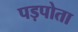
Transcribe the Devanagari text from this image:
पड़पोता